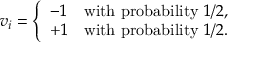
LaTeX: v _ { i } = { \left\{ \begin{array} { l l } { - 1 } & { { \mathrm { w i t h ~ p r o b a b i l i t y ~ } } 1 / 2 , } \\ { + 1 } & { { \mathrm { w i t h ~ p r o b a b i l i t y ~ } } 1 / 2 . } \end{array} \right. }